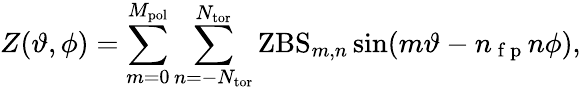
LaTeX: Z(\vartheta,\phi)=\sum_{m=0}^{M_{\mathrm{pol}}}\sum_{n=-N_{\mathrm{tor}}}^{N_{\mathrm{tor}}}\mathrm{ZBS}_{m,n}\sin(m\vartheta-n_{\mathrm{~f~p~}}n\phi),